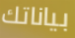
بياناتك